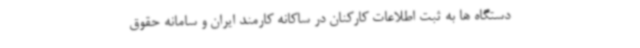
دستگاه ها به ثبت اطلاعات کارکنان در ساکانه کارمند ایران و سامانه حقوق